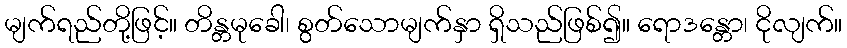
မျက်ရည်တို့ဖြင့်။ တိန္တမုခေါ၊ စွတ်သောမျက်နှာ ရှိသည်ဖြစ်၍။ ရောဒန္တော၊ ငိုလျက်။